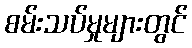
စမ်းသပ်မှုများတွင်